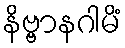
နိဗ္ဗာနဂါမိံ